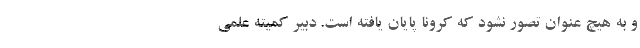
و به هیچ عنوان تصور نشود که کرونا پایان یافته است. دبیر کمیته علمی